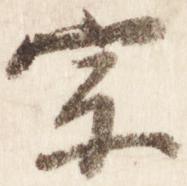
宗